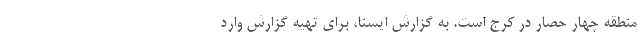
منطقه چهار حصار در کرج است. به گزارش ایسنا، برای تهیه گزارش وارد